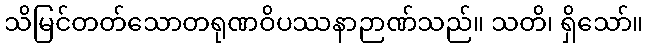
သိမြင်တတ်သောတရုဏဝိပဿနာဉာဏ်သည်။ သတိ၊ ရှိသော်။